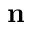
\textbf { n }